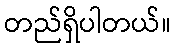
တည်ရှိပါတယ်။